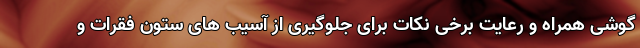
گوشی همراه و رعایت برخی نکات برای جلوگیری از آسیب های ستون فقرات و